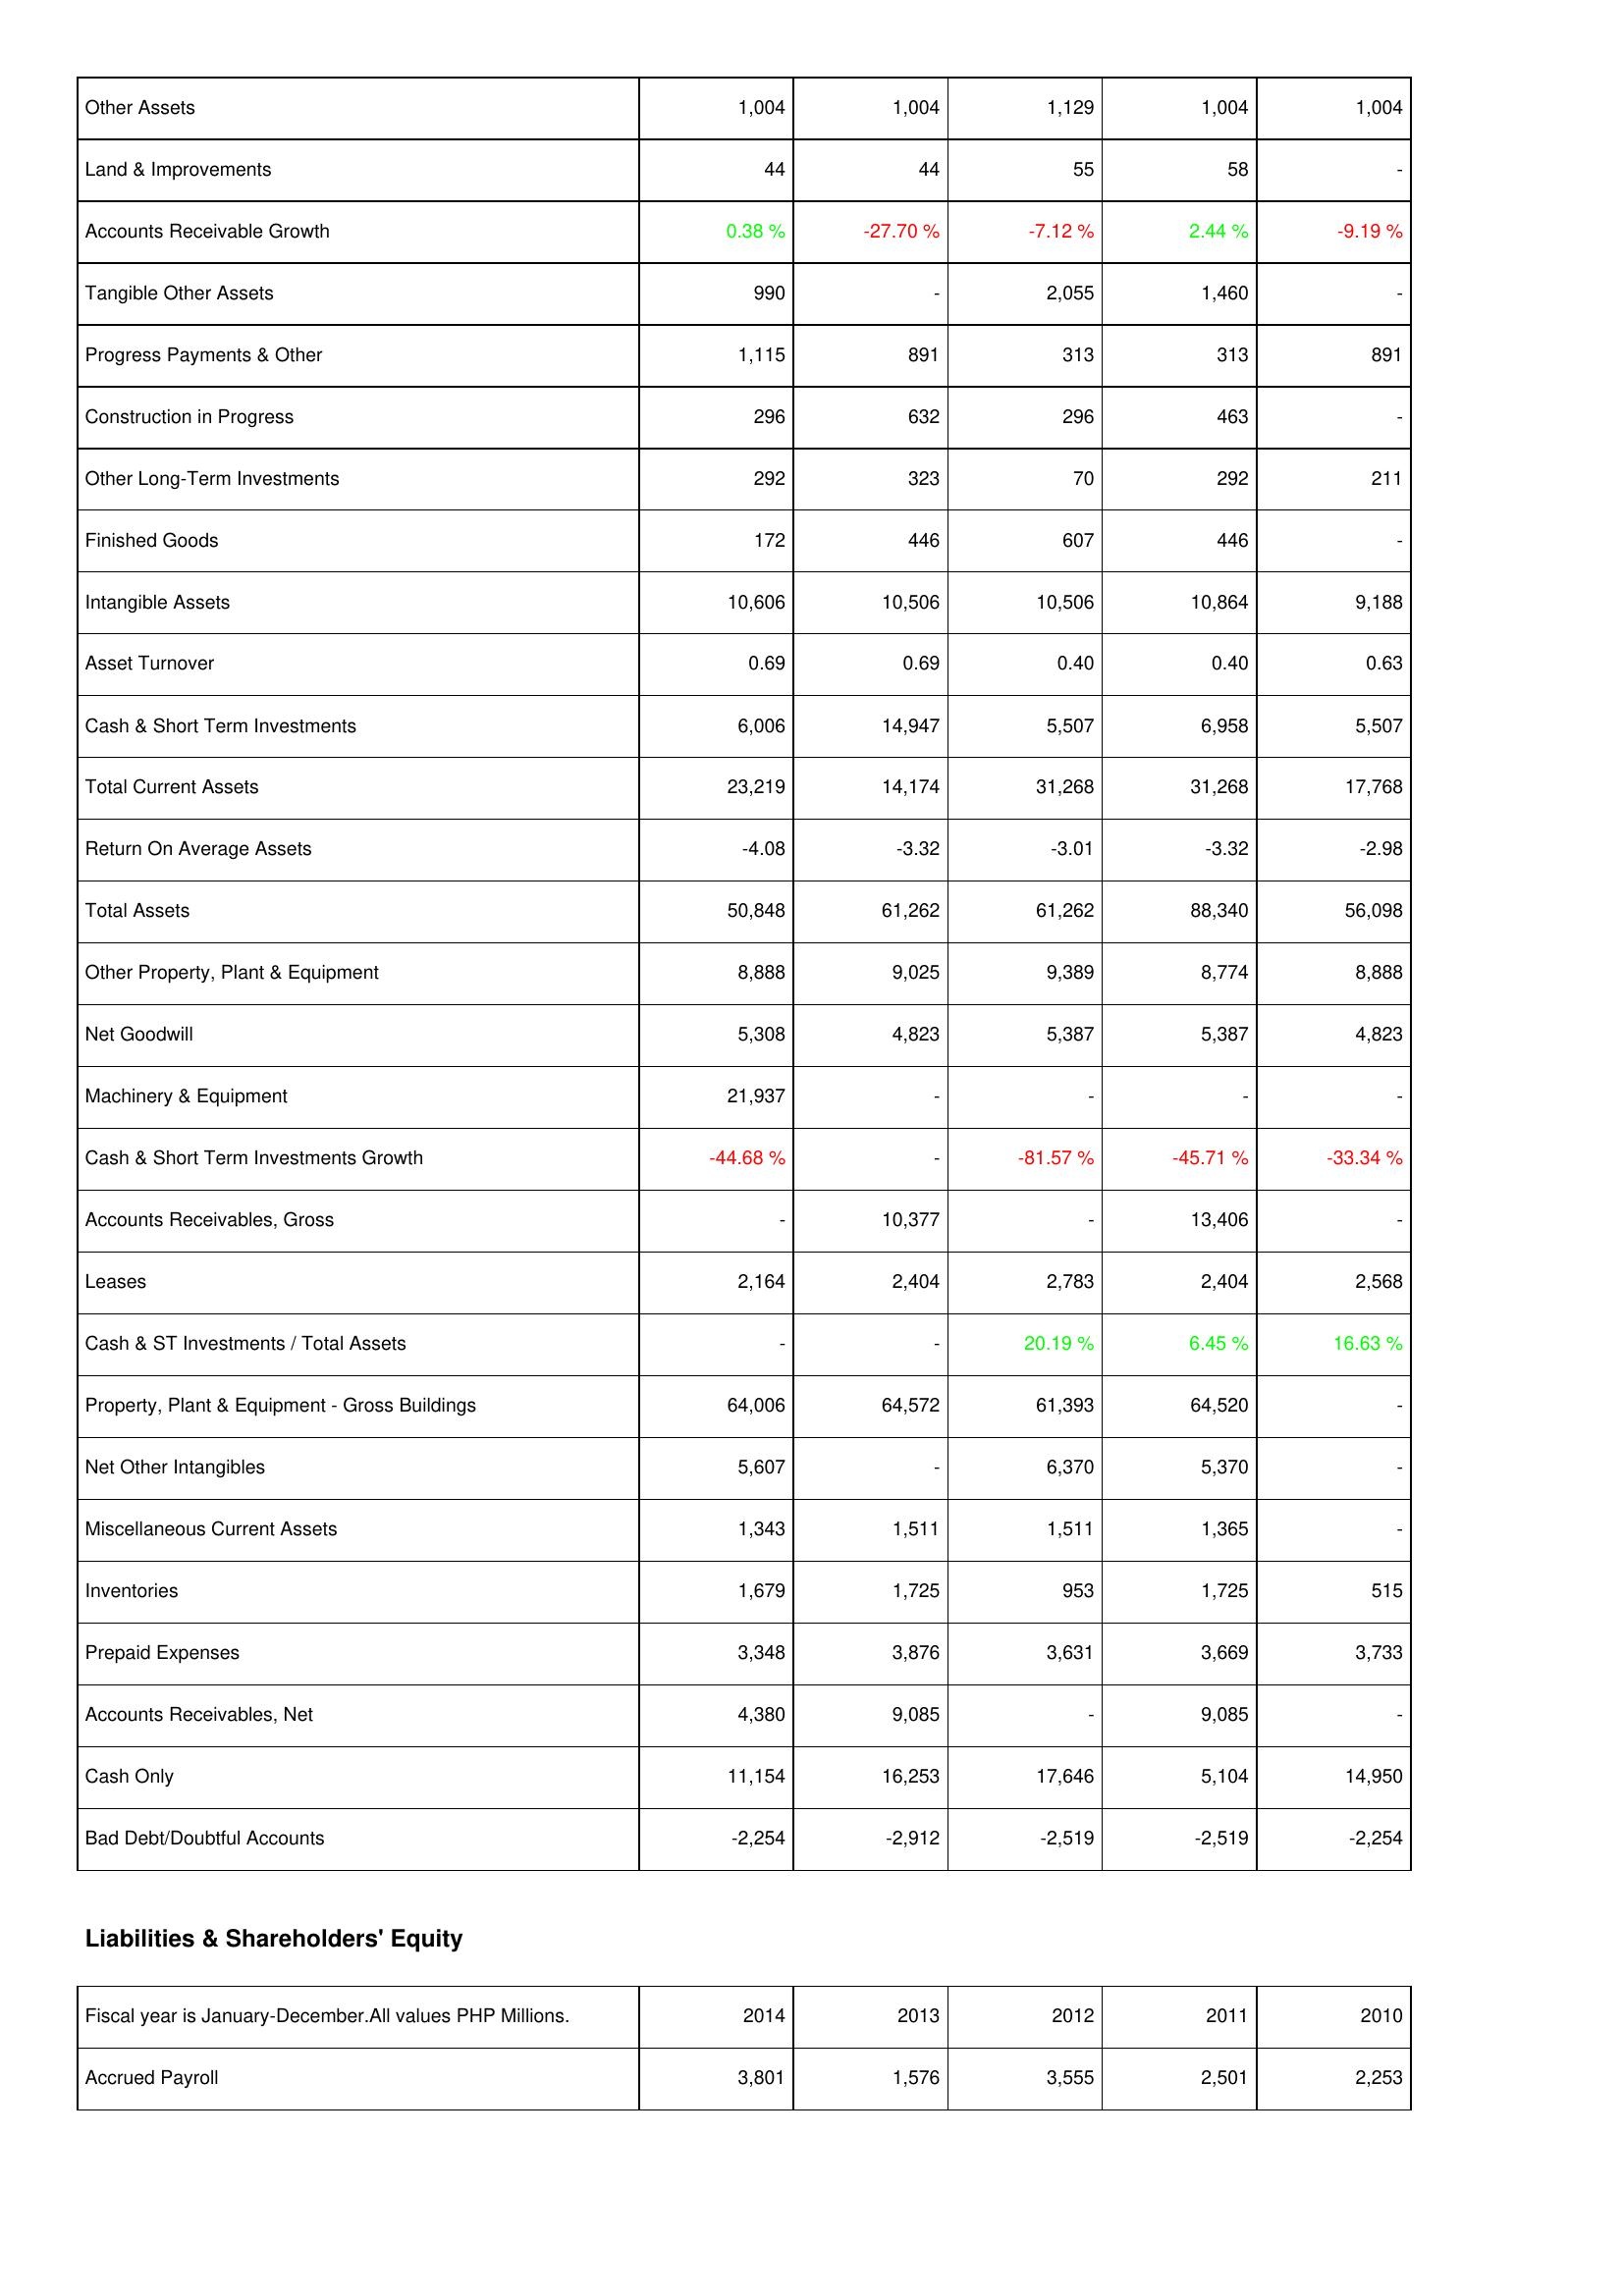
2014: Assets: Other Assets: 1,004
Land & Improvements: 44
Accounts Receivable Growth: 0.38 %
Tangible Other Assets: 990
Progress Payments & Other: 1,115
Construction in Progress: 296
Other Long-Term Investments: 292
Finished Goods: 172
Intangible Assets: 10,606
Asset Turnover: 0.69
Cash & Short Term Investments: 6,006
Total Current Assets: 23,219
Return On Average Assets: -4.08
Total Assets: 50,848
Other Property, Plant & Equipment: 8,888
Net Goodwill: 5,308
Machinery & Equipment: 21,937
Cash & Short Term Investments Growth: -44.68 %
Accounts Receivables, Gross: -
Leases: 2,164
Cash & ST Investments / Total Assets: -
Property, Plant & Equipment - Gross Buildings: 64,006
Net Other Intangibles: 5,607
Miscellaneous Current Assets: 1,343
Inventories: 1,679
Prepaid Expenses: 3,348
Accounts Receivables, Net: 4,380
Cash Only: 11,154
Bad Debt/Doubtful Accounts: -2,254
Liabilities & Shareholders' Equity: Accrued Payroll: 3,801
2013: Assets: Other Assets: 1,004
Land & Improvements: 44
Accounts Receivable Growth: -27.70 %
Tangible Other Assets: -
Progress Payments & Other: 891
Construction in Progress: 632
Other Long-Term Investments: 323
Finished Goods: 446
Intangible Assets: 10,506
Asset Turnover: 0.69
Cash & Short Term Investments: 14,947
Total Current Assets: 14,174
Return On Average Assets: -3.32
Total Assets: 61,262
Other Property, Plant & Equipment: 9,025
Net Goodwill: 4,823
Machinery & Equipment: -
Cash & Short Term Investments Growth: -
Accounts Receivables, Gross: 10,377
Leases: 2,404
Cash & ST Investments / Total Assets: -
Property, Plant & Equipment - Gross Buildings: 64,572
Net Other Intangibles: -
Miscellaneous Current Assets: 1,511
Inventories: 1,725
Prepaid Expenses: 3,876
Accounts Receivables, Net: 9,085
Cash Only: 16,253
Bad Debt/Doubtful Accounts: -2,912
Liabilities & Shareholders' Equity: Accrued Payroll: 1,576
2012: Assets: Other Assets: 1,129
Land & Improvements: 55
Accounts Receivable Growth: -7.12 %
Tangible Other Assets: 2,055
Progress Payments & Other: 313
Construction in Progress: 296
Other Long-Term Investments: 70
Finished Goods: 607
Intangible Assets: 10,506
Asset Turnover: 0.40
Cash & Short Term Investments: 5,507
Total Current Assets: 31,268
Return On Average Assets: -3.01
Total Assets: 61,262
Other Property, Plant & Equipment: 9,389
Net Goodwill: 5,387
Machinery & Equipment: -
Cash & Short Term Investments Growth: -81.57 %
Accounts Receivables, Gross: -
Leases: 2,783
Cash & ST Investments / Total Assets: 20.19 %
Property, Plant & Equipment - Gross Buildings: 61,393
Net Other Intangibles: 6,370
Miscellaneous Current Assets: 1,511
Inventories: 953
Prepaid Expenses: 3,631
Accounts Receivables, Net: -
Cash Only: 17,646
Bad Debt/Doubtful Accounts: -2,519
Liabilities & Shareholders' Equity: Accrued Payroll: 3,555
2011: Assets: Other Assets: 1,004
Land & Improvements: 58
Accounts Receivable Growth: 2.44 %
Tangible Other Assets: 1,460
Progress Payments & Other: 313
Construction in Progress: 463
Other Long-Term Investments: 292
Finished Goods: 446
Intangible Assets: 10,864
Asset Turnover: 0.40
Cash & Short Term Investments: 6,958
Total Current Assets: 31,268
Return On Average Assets: -3.32
Total Assets: 88,340
Other Property, Plant & Equipment: 8,774
Net Goodwill: 5,387
Machinery & Equipment: -
Cash & Short Term Investments Growth: -45.71 %
Accounts Receivables, Gross: 13,406
Leases: 2,404
Cash & ST Investments / Total Assets: 6.45 %
Property, Plant & Equipment - Gross Buildings: 64,520
Net Other Intangibles: 5,370
Miscellaneous Current Assets: 1,365
Inventories: 1,725
Prepaid Expenses: 3,669
Accounts Receivables, Net: 9,085
Cash Only: 5,104
Bad Debt/Doubtful Accounts: -2,519
Liabilities & Shareholders' Equity: Accrued Payroll: 2,501
2010: Assets: Other Assets: 1,004
Land & Improvements: -
Accounts Receivable Growth: -9.19 %
Tangible Other Assets: -
Progress Payments & Other: 891
Construction in Progress: -
Other Long-Term Investments: 211
Finished Goods: -
Intangible Assets: 9,188
Asset Turnover: 0.63
Cash & Short Term Investments: 5,507
Total Current Assets: 17,768
Return On Average Assets: -2.98
Total Assets: 56,098
Other Property, Plant & Equipment: 8,888
Net Goodwill: 4,823
Machinery & Equipment: -
Cash & Short Term Investments Growth: -33.34 %
Accounts Receivables, Gross: -
Leases: 2,568
Cash & ST Investments / Total Assets: 16.63 %
Property, Plant & Equipment - Gross Buildings: -
Net Other Intangibles: -
Miscellaneous Current Assets: -
Inventories: 515
Prepaid Expenses: 3,733
Accounts Receivables, Net: -
Cash Only: 14,950
Bad Debt/Doubtful Accounts: -2,254
Liabilities & Shareholders' Equity: Accrued Payroll: 2,253